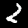
Digit: 2